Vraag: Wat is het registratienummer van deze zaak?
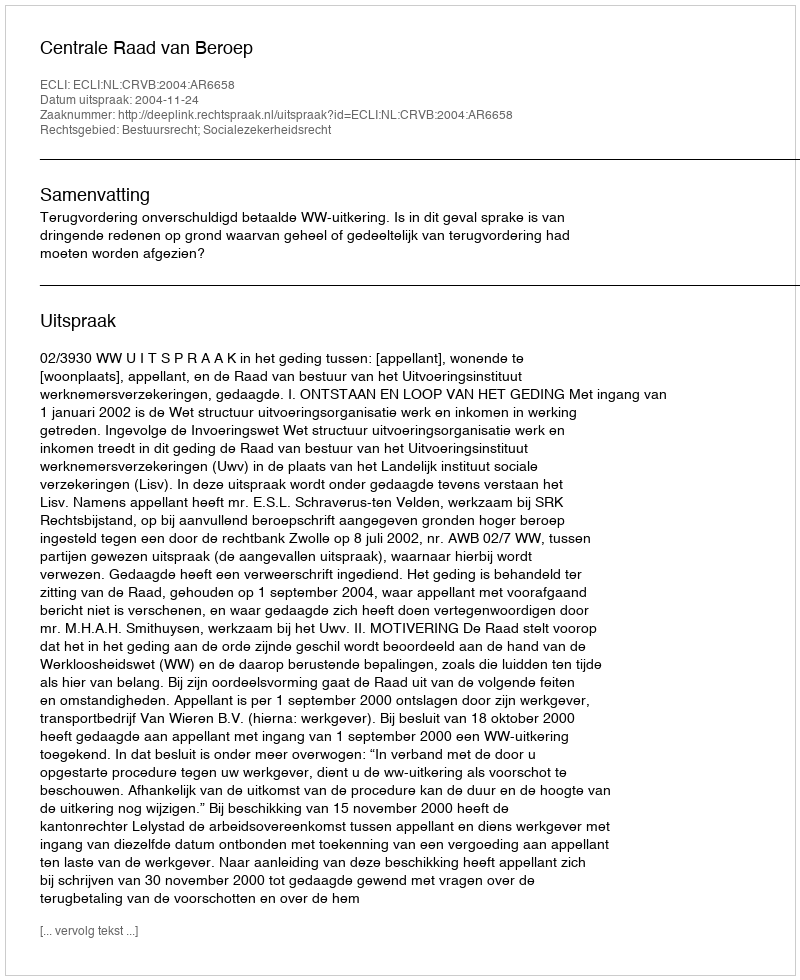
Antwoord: http://deeplink.rechtspraak.nl/uitspraak?id=ECLI:NL:CRVB:2004:AR6658